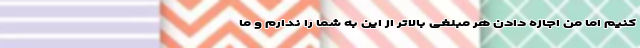
کنیم اما من اجازه دادن هر مبلغی بالاتر از این به شما را ندارم و ما